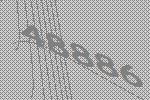
48886